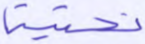
تحتية